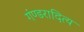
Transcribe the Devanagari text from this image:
गंण्डरादित्य